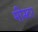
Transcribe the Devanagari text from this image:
मीस्टर